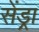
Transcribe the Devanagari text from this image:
सेंड्रा